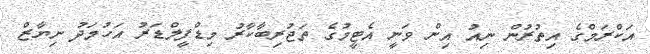
އަކްރަމްގެ އިތުރުން ނިއު އިން ވަނީ އެޓީމުގެ ތަޖުރިބާކާރު މިޑްފީލްޑަރު އަހުމަދު ނިޔާޒް